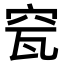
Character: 𥥟